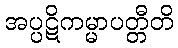
အပ္ပဋိကမ္မာပတ္တီတိ